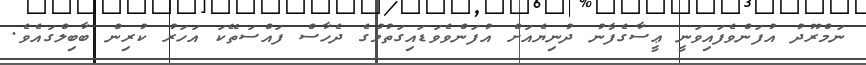
ނަމްރޫދު އުފަންވެފައިވަނީ ޢީސާގެފާނު ދުނިޔެއަށް އުފަންވެވަޑައިގަތުމުގެ ދެހާސް ފައްސަތޭކަ އަހަރު ކުރިން ބާބިލްގައެވެ.